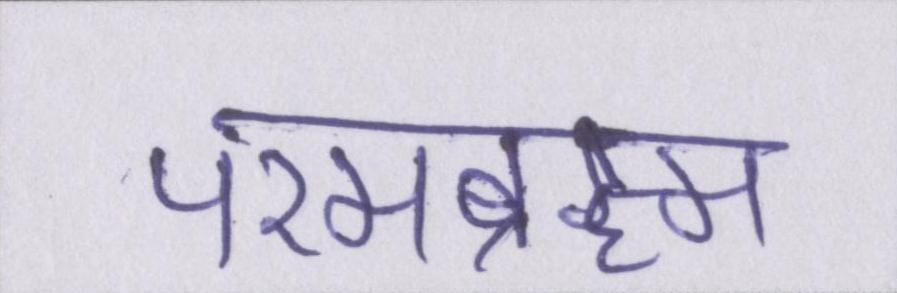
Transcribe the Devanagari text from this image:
परमब्रह्म